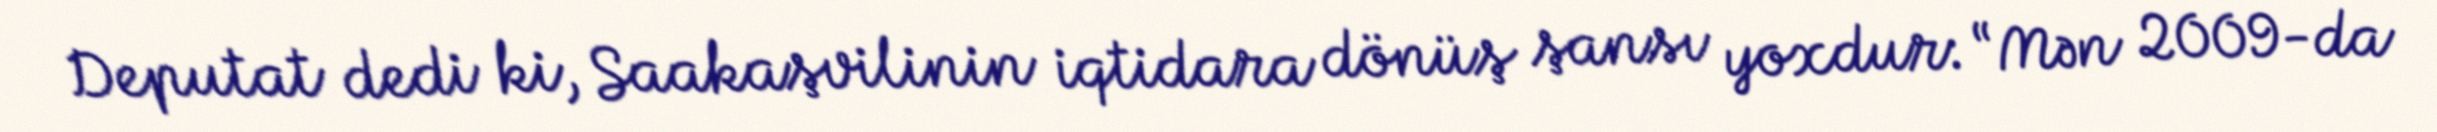
Deputat dedi ki, Saakaşvilinin iqtidara dönüş şansı yoxdur: “Mən 2009-da